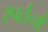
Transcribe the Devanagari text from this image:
स्पर्तनों